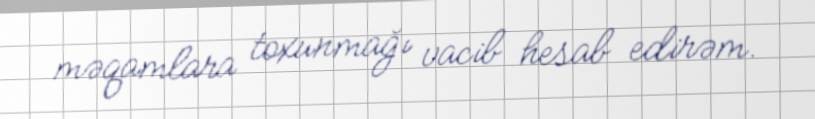
məqamlara toxunmağı vacib hesab edirəm.